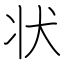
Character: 状